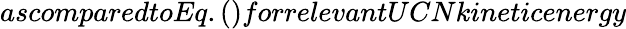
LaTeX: ascomparedtoEq.()forrelevantUCNkineticenergy